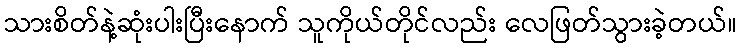
သားစိတ်နဲ့ဆုံးပါးပြီးနောက် သူကိုယ်တိုင်လည်း လေဖြတ်သွားခဲ့တယ်။